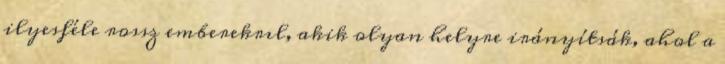
ilyesféle rossz emberekrıl, akik olyan helyre irányítsák, ahol a